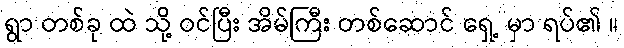
ရွာ တစ်ခု ထဲ သို့ ဝင်ပြီး အိမ်ကြီး တစ်ဆောင် ရှေ့ မှာ ရပ်၏ ။